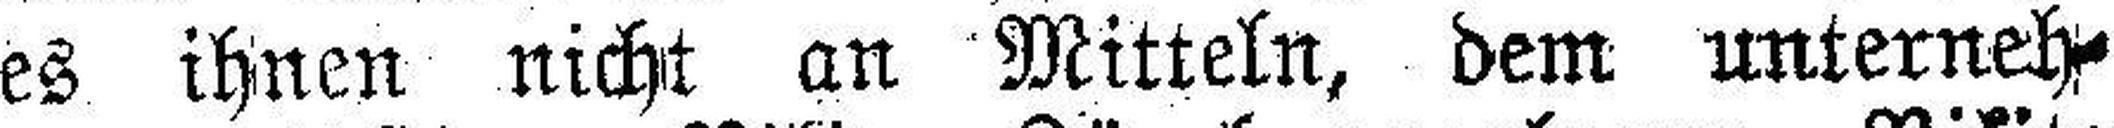
es ihnen nicht an Mitteln, dem unterneh¬